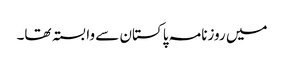
میں روزنامہ پاکستان سے وابستہ تھا۔